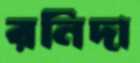
রনিদা